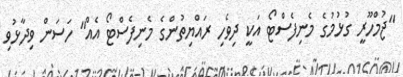
"ޖުމްހޫރީ ގުޅުމުގެ މެނިފެސްޓޯ އަކީ ދިވެހި ރައްޔިތުންގެ މެނިފެސްޓޯ އެއް" ހަސަން ވިދާޅުވި